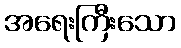
အရေးကြီးသော